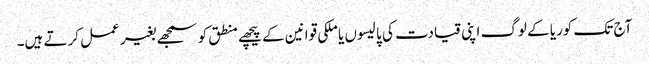
آج تک کوریا کے لوگ اپنی قیادت کی پالیسوں یا ملکی قوانین کے پیچھے منطق کو سمجھے بغیر عمل کرتے ہیں۔